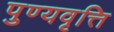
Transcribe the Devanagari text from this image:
पुण्यवृत्ति